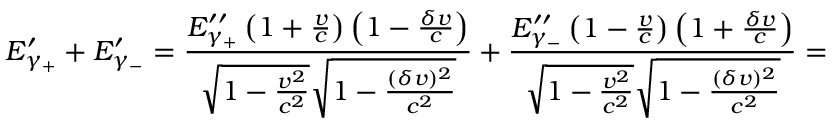
E _ { \gamma _ { + } } ^ { \prime } + E _ { \gamma _ { - } } ^ { \prime } = \frac { E _ { \gamma _ { + } } ^ { \prime \prime } \left( 1 + \frac { v } { c } \right) \left( 1 - \frac { \delta v } { c } \right) } { \sqrt { 1 - \frac { v ^ { 2 } } { c ^ { 2 } } } \sqrt { 1 - \frac { ( \delta v ) ^ { 2 } } { c ^ { 2 } } } } + \frac { E _ { \gamma _ { - } } ^ { \prime \prime } \left( 1 - \frac { v } { c } \right) \left( 1 + \frac { \delta v } { c } \right) } { \sqrt { 1 - \frac { v ^ { 2 } } { c ^ { 2 } } } \sqrt { 1 - \frac { ( \delta v ) ^ { 2 } } { c ^ { 2 } } } } =